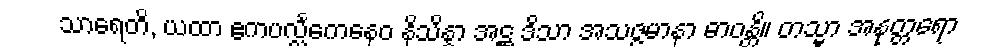
သာရေတိ, ယထာ ဧကပလ္လင်္ကေနေဝ နိသိန္နာ အဋ္ဌ ဒိသာ အသဇ္ဇမာနာ ဓာဝန္တိ။ တသ္မာ အနုတ္တရော